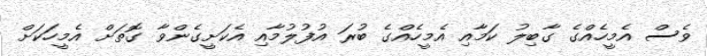
ވެސް އެމީހެއްގެ ގާބިލު ކަމާއި އެމީހެއްގެ ބުރަ އުފުލުމާއި އެކަށީގެންވާ ގޮތަށް އެމީހަކަށް